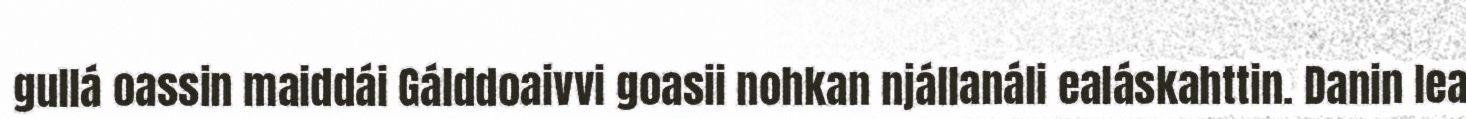
gullá oassin maiddái Gálddoaivvi goasii nohkan njállanáli ealáskahttin. Danin lea